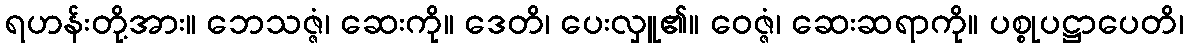
ရဟန်းတို့အား။ ဘေသဇ္ဇံ၊ ဆေးကို။ ဒေတိ၊ ပေးလှူ၏။ ဝေဇ္ဇံ၊ ဆေးဆရာကို။ ပစ္စုပဋ္ဌာပေတိ၊